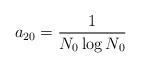
LaTeX: \begin{align*}a_{20} = \frac{1}{N_0 \log N_0}\end{align*}